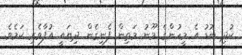
ކުދި ބޮޑު އެ މީހުންގެ މޫނު މަތިން ފެނިގެން ދިޔައީ އުފާވެރި ކަމެވެ.